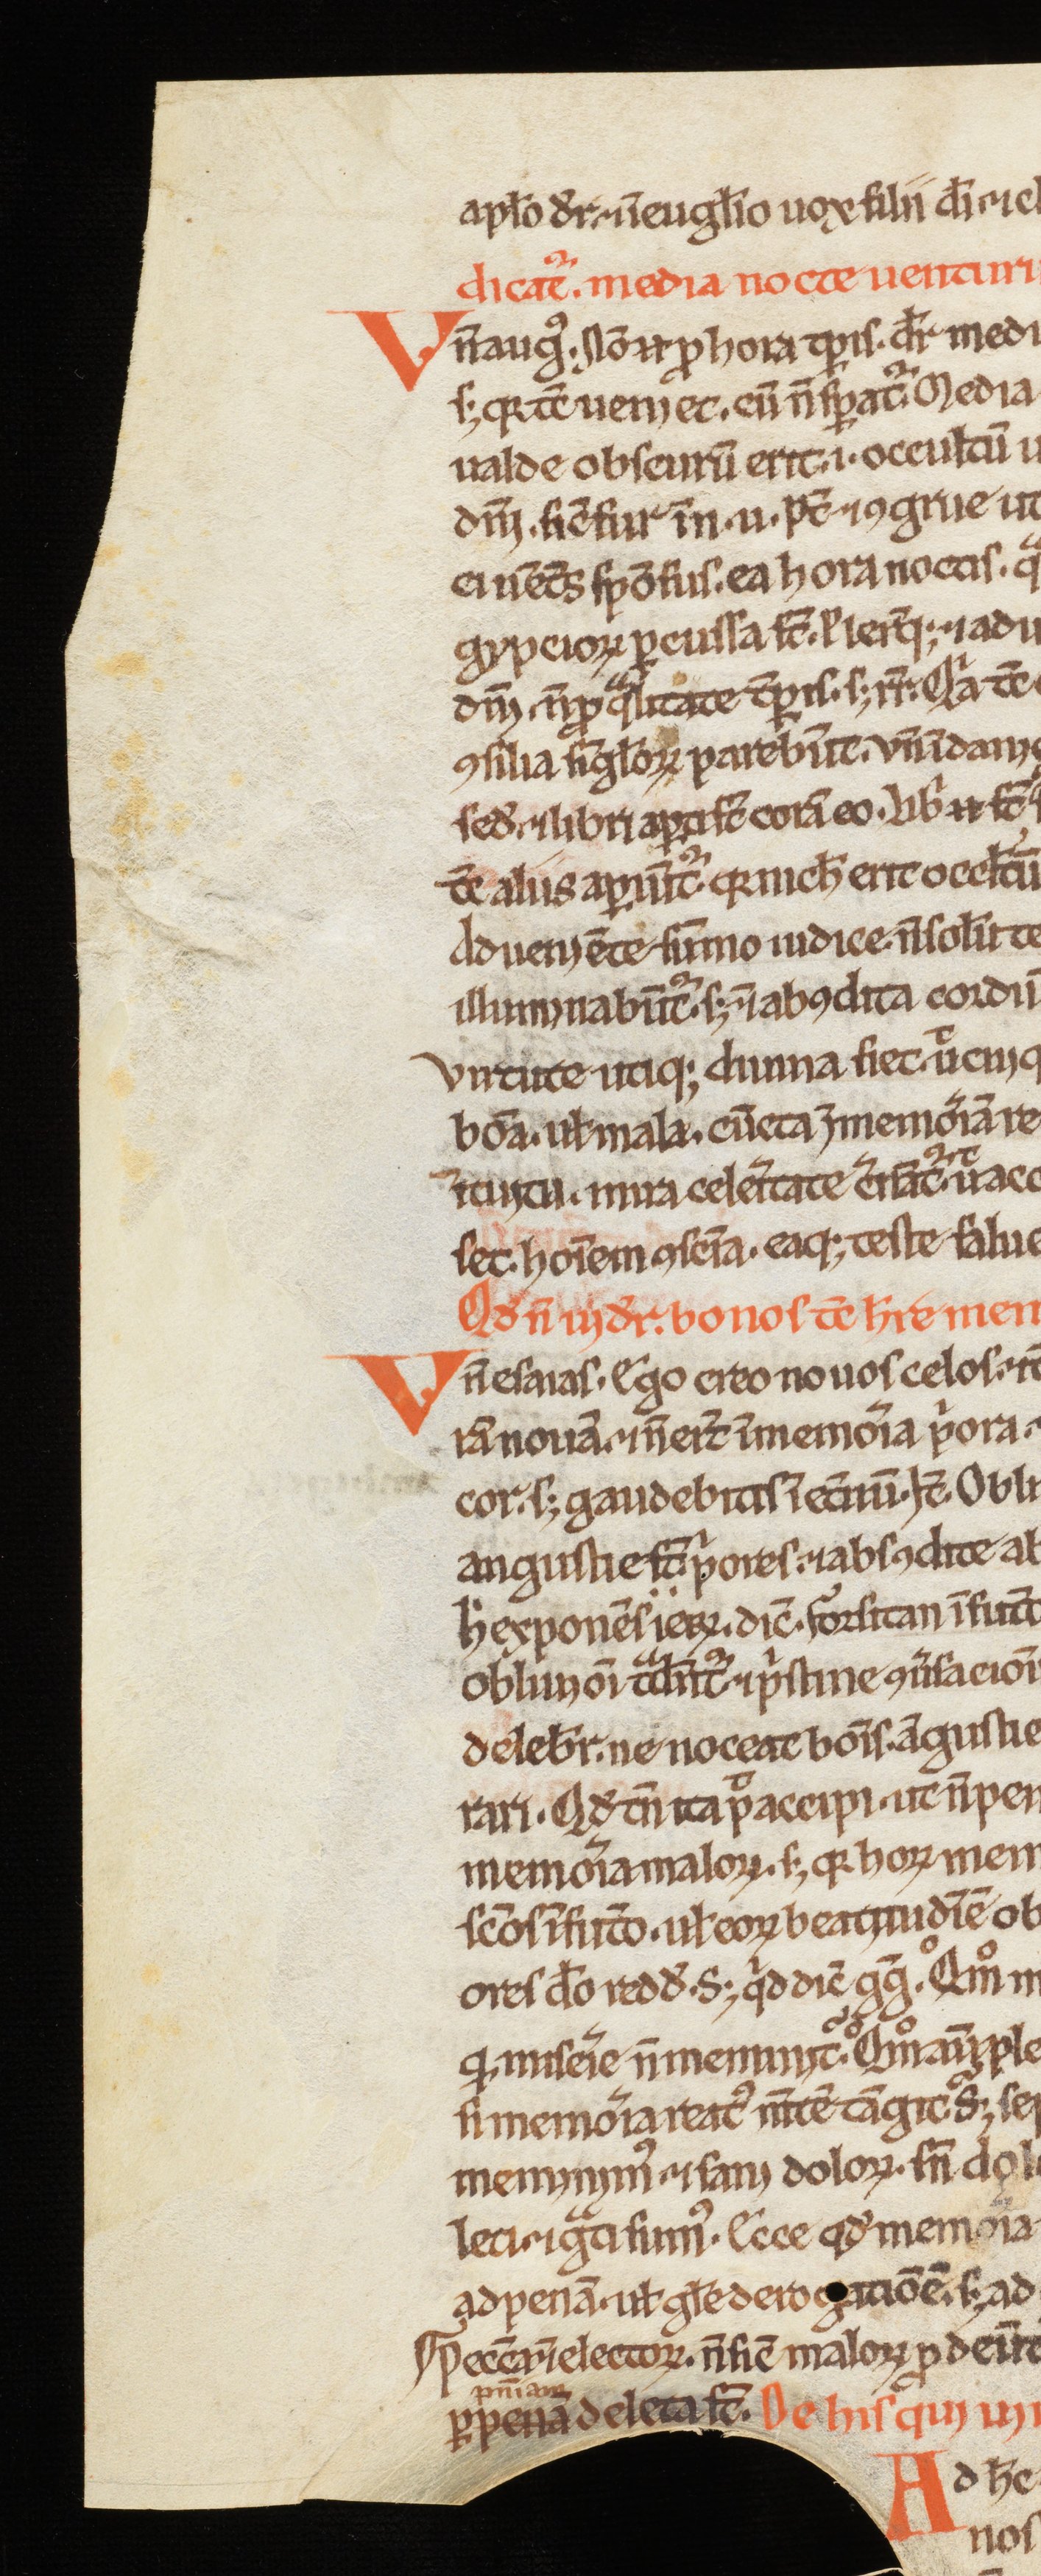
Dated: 1200–1230